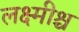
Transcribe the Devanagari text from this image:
लक्ष्मीश्च